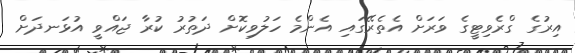
އިރުގެ ގްރެވިޓީގެ ވަރަށް އެތެރޭގައި އެންމެ ހަލުވިކޮށް ދަތުރު ކުރާ ޖައްވީ އުޅަނދަށް